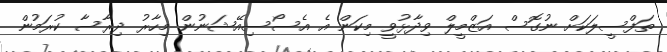
ތަފްސީލަކަށް ނުގޮސް އަޒްމީލް ވިދާޅުވީ މިކަން އެ އެސޯސިއޭޝަނުން މިހާރު ދިރާސާ ކުރަމުން